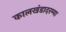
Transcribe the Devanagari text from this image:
कालखंडादरम्या